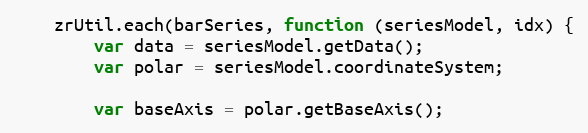
Language: JavaScript
    zrUtil.each(barSeries, function (seriesModel, idx) {
        var data = seriesModel.getData();
        var polar = seriesModel.coordinateSystem;

        var baseAxis = polar.getBaseAxis();